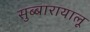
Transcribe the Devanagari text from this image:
सुब्बारायालू